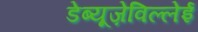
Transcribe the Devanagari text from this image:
डेब्यूज़ेविल्लेई